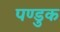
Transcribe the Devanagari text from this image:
पण्डुक